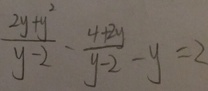
\frac { 2 y + y ^ { 2 } } { y - 2 } - \frac { 4 + 2 y } { y - 2 } - y = 2